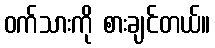
ဝက်သားကို စားချင်တယ်။